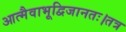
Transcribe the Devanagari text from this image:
आत्मैवाभूद्विजानतः।तत्र